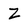
Character: Z